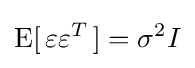
\operatorname {E} [\,\varepsilon \varepsilon ^{T}\,]=\sigma ^{2}I